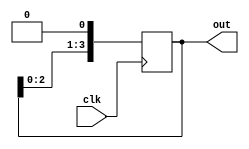
module shift_left_register(
    input wire clk,    
    output wire [3:0] out

);
reg [3:0] data = 4'b0001;

always @ (posedge clk)begin

    data = data << 1;

end

assign out = data;

endmodule